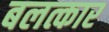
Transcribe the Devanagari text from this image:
बलत्कार